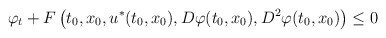
\begin{align*}\varphi_t + F\left(t_0,x_0,u^*(t_0,x_0),D\varphi(t_0,x_0),D^2 \varphi(t_0,x_0)\right)\leq 0\end{align*}